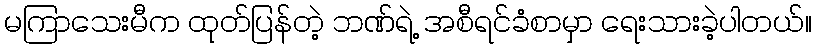
မကြာသေးမီက ထုတ်ပြန်တဲ့ ဘဏ်ရဲ့ အစီရင်ခံစာမှာ ရေးသားခဲ့ပါတယ်။